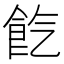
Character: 𩚤